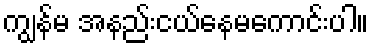
ကျွန်မ အနည်းငယ်နေမကောင်းပါ။